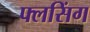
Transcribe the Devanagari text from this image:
फ्लसिंग